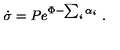
\dot { \sigma } = P e ^ { \Phi - \sum _ { i } \alpha _ { i } } \ .